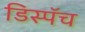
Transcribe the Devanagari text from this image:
डिस्पॅच